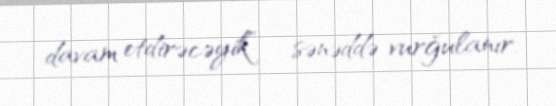
davam etdirəcəyik” - sənəddə vurğulanır.